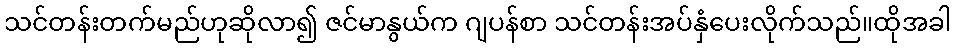
သင်တန်းတက်မည်ဟုဆိုလာ၍ ဇင်မာနွယ်က ဂျပန်စာ သင်တန်းအပ်နှံပေးလိုက်သည်။ထိုအခါ